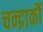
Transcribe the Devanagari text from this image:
चन्द्रार्कौ